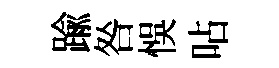
踰咎悞呫